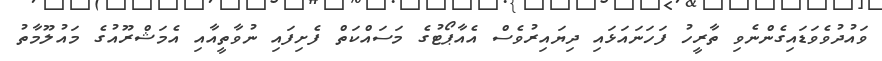
ވައުދުވެވަޑައިގެންނެވި ތާރީހު ފަހަނައަޅައި ދިޔައިރުވެސް އެއާޕޯޓުގެ މަސައްކަތް ފެށިފައި ނުވާތީއާއި އެމަޝްރޫއުގެ މައުލޫމާތު